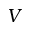
V